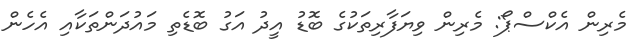
މެރިން އެކްސްޕޯ: މެރިން ވިޔަފާރިތަކުގެ ބޮޑު އީދު އަގު ބޮޑެތި މައުދަންތަކާއި އެހެން